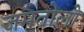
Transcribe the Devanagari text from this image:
जमतोलो